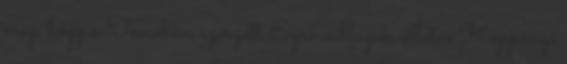
meg, hogy a Tescóban szerzett Egri csillagok, illetve Koppányi